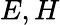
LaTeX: E,H